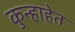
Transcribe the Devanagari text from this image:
कुन्हाहेत